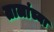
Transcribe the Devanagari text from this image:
तालांच्या